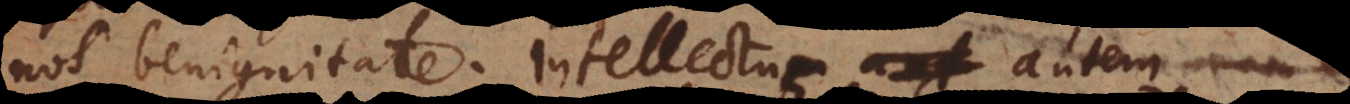
nos benignitate. Intellectus autem